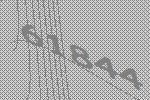
61844